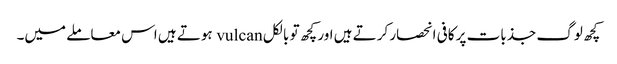
کچھ لوگ جذبات پر کافی انحصار کرتے ہیں اور کچھ تو بالکل vulcan ہوتے ہیں اس معاملے میں۔